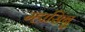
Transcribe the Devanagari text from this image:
म्हासिबु